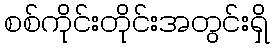
စစ်ကိုင်းတိုင်းအတွင်းရှိ